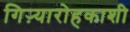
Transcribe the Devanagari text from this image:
गिऱ्यारोहकाशी